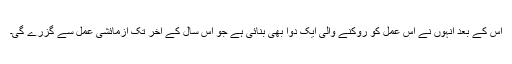
اس کے بعد انہوں نے اس عمل کو روکنے والی ایک دوا بھی بنائی ہے جو اس سال کے آخر تک آزمائشی عمل سے گزرے گی۔